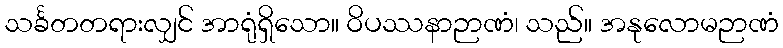
သင်္ခတတရားလျှင် အာရုံရှိသော။ ဝိပဿနာဉာဏံ၊ သည်။ အနုလောမဉာဏံ